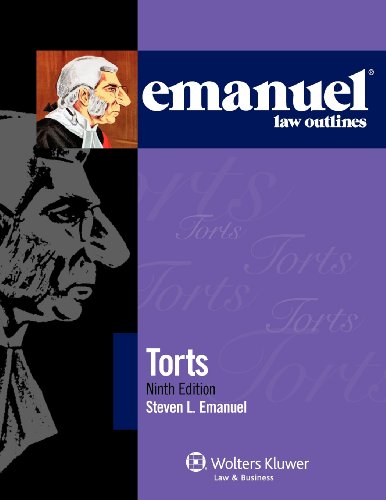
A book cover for Emanuel Law Outlines: Torts, 9th Edition (Emanuel(r) Law Outlines); Steven L. Emanuel; Law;